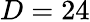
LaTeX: D=24